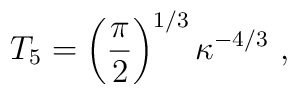
T_5 =\left ( {\pi\over 2}\right )^{1/3} \kappa^{-4/3}\ ,